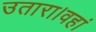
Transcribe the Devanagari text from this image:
उतारा।वहां